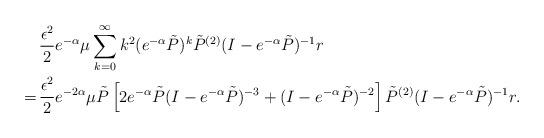
LaTeX: \begin{align*}& \frac{\epsilon^2}{2} e^{-\alpha} \mu \sum_{k=0}^{\infty} k^2 (e^{-\alpha}\tilde{P})^k \tilde{P}^{(2)}(I-e^{-\alpha }\tilde{P})^{-1} r \\=\, & \frac{\epsilon^2}{2} e^{-2\alpha} \mu \tilde P \left[ 2 e^{-\alpha}\tilde P(I - e^{-\alpha} \tilde P)^{-3} + (I - e^{-\alpha} \tilde P)^{-2}\right] \tilde P^{(2)}(I - e^{-\alpha} \tilde P)^{-1} r.\end{align*}